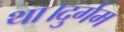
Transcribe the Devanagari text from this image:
था।दुर्गम